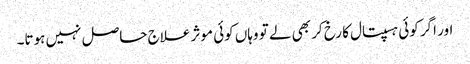
اور اگر کوئی ہسپتال کا رخ کر بھی لے تو وہاں کوئی موثر علاج حاصل نہیں ہوتا۔